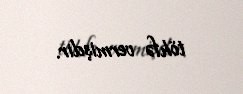
töhfə vermişdir.